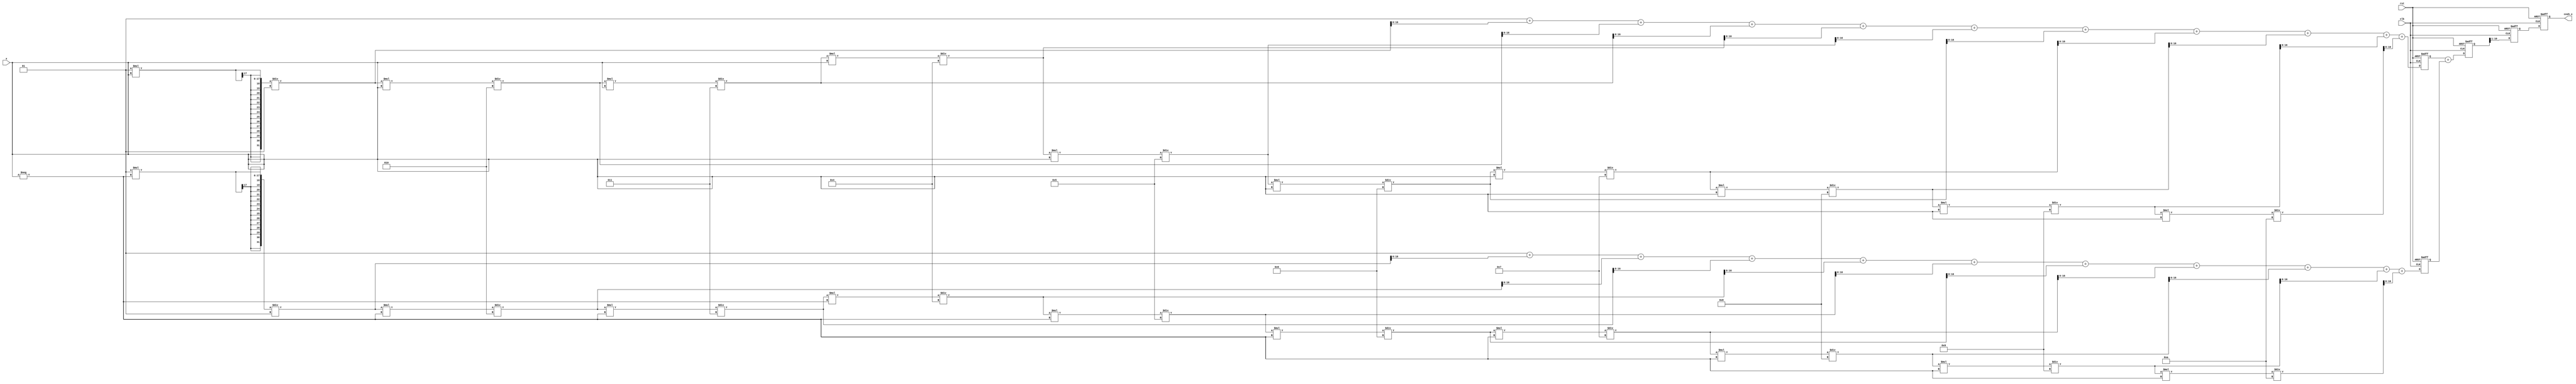
module hyperbolic_cosh (
    input wire signed [15:0] x,       // Input x (fixed-point representation)
    output reg signed [15:0] cosh_x,   // Output cosh(x)
    input wire clk,
    input wire rst
);

    // Internal signals
    reg signed [31:0] e_pos_x;         // e^x
    reg signed [31:0] e_neg_x;         // e^-x
    reg signed [31:0] sum;              // e^x + e^-x
    reg signed [31:0] result;           // Final result

    // Exponential calculation using Taylor series expansion
    function signed [31:0] exp_taylor;
        input signed [15:0] value;
        integer i;
        reg signed [31:0] term;
        reg signed [31:0] sum_exp;
        begin
            sum_exp = 32'h00000001; // e^0 = 1
            term = 32'h00000001;    // First term is 1
            for (i = 1; i <= 10; i = i + 1) begin
                term = (term * value) / i; // value^i / i!
                sum_exp = sum_exp + term;  // Add to sum
            end
            exp_taylor = sum_exp;
        end
    endfunction

    // Main process
    always @(posedge clk or posedge rst) begin
        if (rst) begin
            cosh_x <= 0;
            e_pos_x <= 0;
            e_neg_x <= 0;
            sum <= 0;
            result <= 0;
        end else begin
            // Calculate e^x
            e_pos_x <= exp_taylor(x);
            // Calculate e^-x by evaluating e^(-x) = 1/e^x
            e_neg_x <= exp_taylor(-x);
            // Calculate sum of e^x and e^-x
            sum <= e_pos_x + e_neg_x;
            // Calculate cosh(x) = (e^x + e^-x) / 2
            result <= sum >> 1; // Right shift by 1 to divide by 2
            // Assign to output
            cosh_x <= result[15:0]; // Assuming we want the lower 16 bits
        end
    end

endmodule